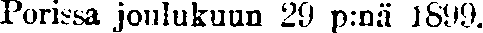
Porissa jonlukuun 29 p:nä 1899.